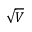
\sqrt { V }